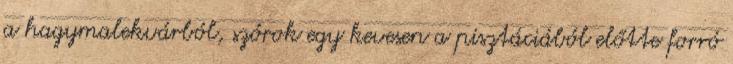
a hagymalekvárból, szórok egy kevesen a pisztáciából előtte forró